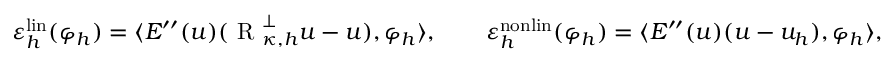
\begin{array} { r } { \varepsilon _ { h } ^ { \mathrm { l i n } } ( \varphi _ { h } ) = \langle E ^ { \prime \prime } ( u ) ( \textup { R } _ { \kappa , h } ^ { \perp } u - u ) , \varphi _ { h } \rangle , \qquad \varepsilon _ { h } ^ { \mathrm { n o n l i n } } ( \varphi _ { h } ) = \langle E ^ { \prime \prime } ( u ) ( u - u _ { h } ) , \varphi _ { h } \rangle , } \end{array}